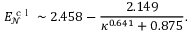
E _ { \mathcal { N } } ^ { \textrm { c l } } \sim 2 . 4 5 8 - \frac { 2 . 1 4 9 } { \kappa ^ { 0 . 6 4 1 } + 0 . 8 7 5 } .